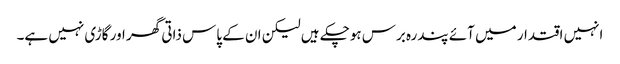
انہیں اقتدار میں آئے پندرہ برس ہوچکے ہیں لیکن ان کے پاس ذاتی گھر اور گاڑی نہیں ہے۔